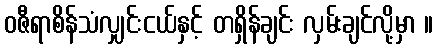
ဝဇီရာစိန်သံလျှင်းငယ်နှင့် တရှိန်ချင်း လှမ်းချင်လို့မှာ ။